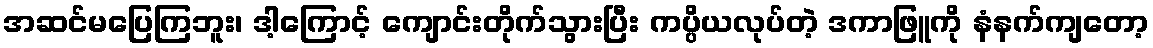
အဆင်မပြေကြဘူး၊ ဒါ့ကြောင့် ကျောင်းတိုက်သွားပြီး ကပ္ပိယလုပ်တဲ့ ဒကာဖြူကို နံနက်ကျတော့